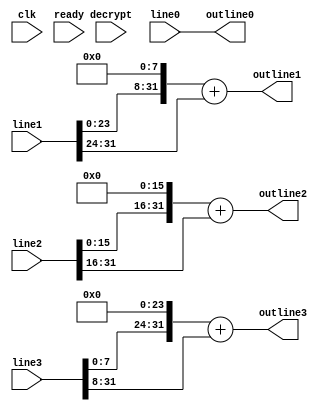
`timescale 1ps/1ps
module shiftrows(input clk, input [31:0]line0, input [31:0]line1, input [31:0]line2, input [31:0]line3, output [31:0]outline0, output [31:0]outline1, output [31:0]outline2, output [31:0]outline3, input ready, input decrypt);

	wire [23:0]msb;
	wire [23:0]lsb;

	//function to streamline the shift rows work
	function [31:0]eShiftRow;
		input [1:0]rownum;
		input [23:0]msb;
		input [23:0]lsb;
		eShiftRow = (lsb << (rownum * 8))+msb;
	endfunction

	function [31:0]dShiftRow;
		input [1:0]rownum;
		input [23:0]msb;
		input [23:0]lsb;
		input [1:0]shift;
		dShiftRow = (msb >> (rownum * 8))+ (lsb << (shift*8));
	endfunction

//	always @(posedge clk) begin

//		if(!decrypt) begin //encrpyting
			assign outline0[31:0] = line0[31:0]; 
			assign outline1[31:0] = eShiftRow(1, line1[31:24], line1[23:0]);
			assign outline2[31:0] = eShiftRow(2, line2[31:16], line2[15:0]);
			assign outline3[31:0] = eShiftRow(3, line3[31:8], line3[7:0]);
//		end
//		else begin //decrypting
//			outline0[31:0] <= line0[31:0];
///			outline1[31:0] <= dShiftRow(1, line1[31:8], line1[7:0], 3);
//			outline2[31:0] <= dShiftRow(2, line2[31:16], line2[15:0], 2);
//			outline3[31:0] <= dShiftRow(3, line3[31:24], line3[23:0], 1);
//		end

//	end
endmodule